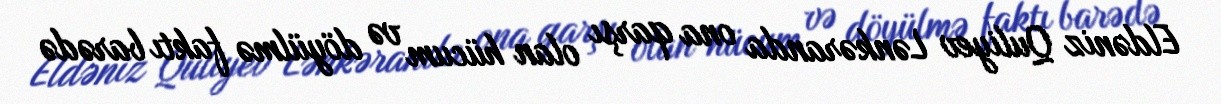
Eldəniz Quliyev Lənkəranda ona qarşı olan hücum və döyülmə faktı barədə